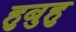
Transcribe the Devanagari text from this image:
हुबुहु